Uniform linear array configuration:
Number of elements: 32
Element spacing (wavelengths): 0.25
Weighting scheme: uniform
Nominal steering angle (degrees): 60
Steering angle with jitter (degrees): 58.798
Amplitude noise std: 0.05
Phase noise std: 0.05

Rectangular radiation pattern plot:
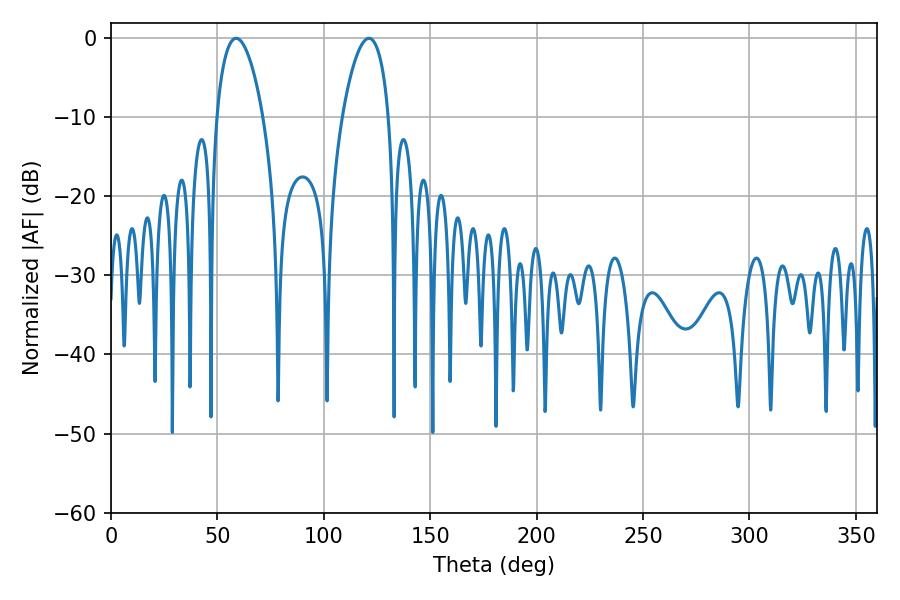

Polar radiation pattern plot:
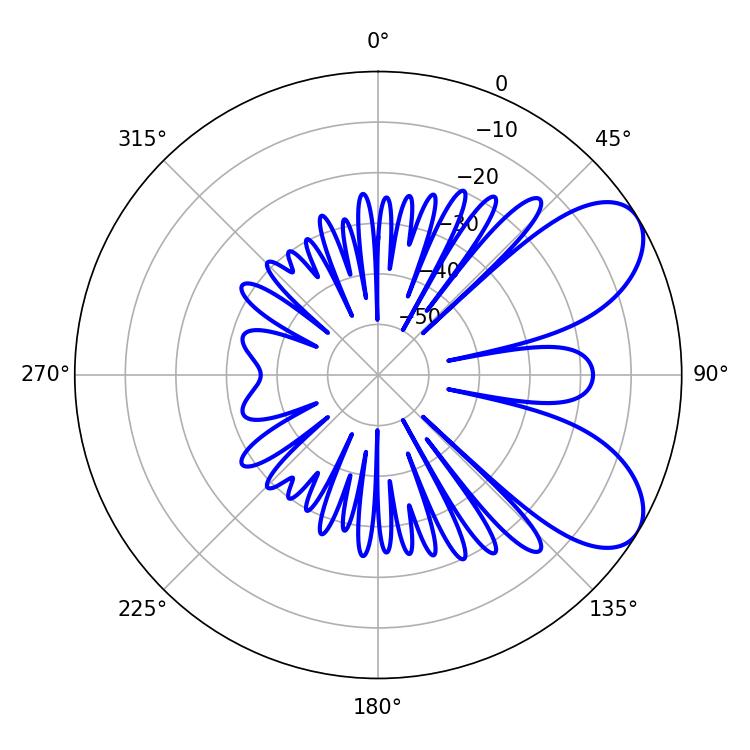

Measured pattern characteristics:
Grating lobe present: FALSE
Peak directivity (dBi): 7.004
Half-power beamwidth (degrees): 12.24
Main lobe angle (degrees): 58.86